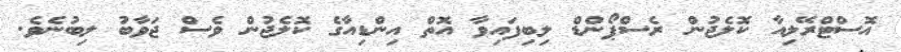
އޮސްޓްރޭލިއާ ކޮލެޖުން ރެސްޕޯންޑް ލިބިފައިވާ އޮތް އިންޑިއާގެ ކޮލެޖުން ވެސް ޖަވާބު ލިބުނެވެ.